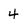
Character: 4